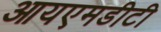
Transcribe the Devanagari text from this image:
आयएमडीटी